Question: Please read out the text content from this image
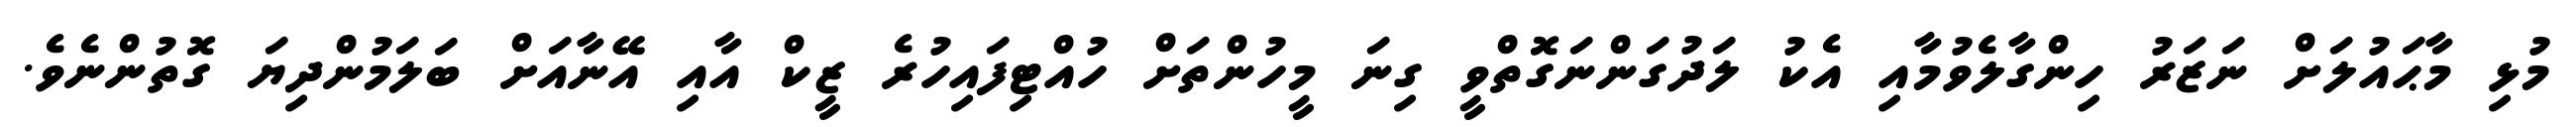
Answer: މުޅި މާޙައުލަށް ނަޒަރު ހިންގާލެވުމާއި އެކު ލަދުގަންނަގޮތްވީ ގިނަ މީހުންތަށް ހުއްޓިފައިހުރެ ޒީކް އާއި އޭނާއަށް ބަލަމުންދިޔަ ގޮތުންނެވެ.